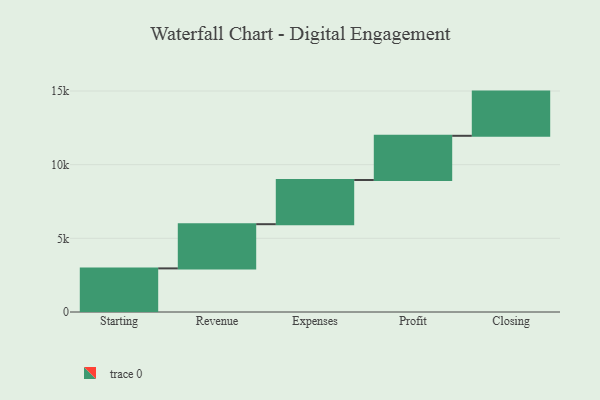
{"axis": {"x": "Step", "y": "Value"}, "legend": [""], "data": [{"x": "Starting", "y": 2960.0, "type": ""}, {"x": "Revenue", "y": 3000, "type": ""}, {"x": "Expenses", "y": 3000, "type": ""}, {"x": "Profit", "y": 3000, "type": ""}, {"x": "Closing", "y": 3000, "type": ""}]}